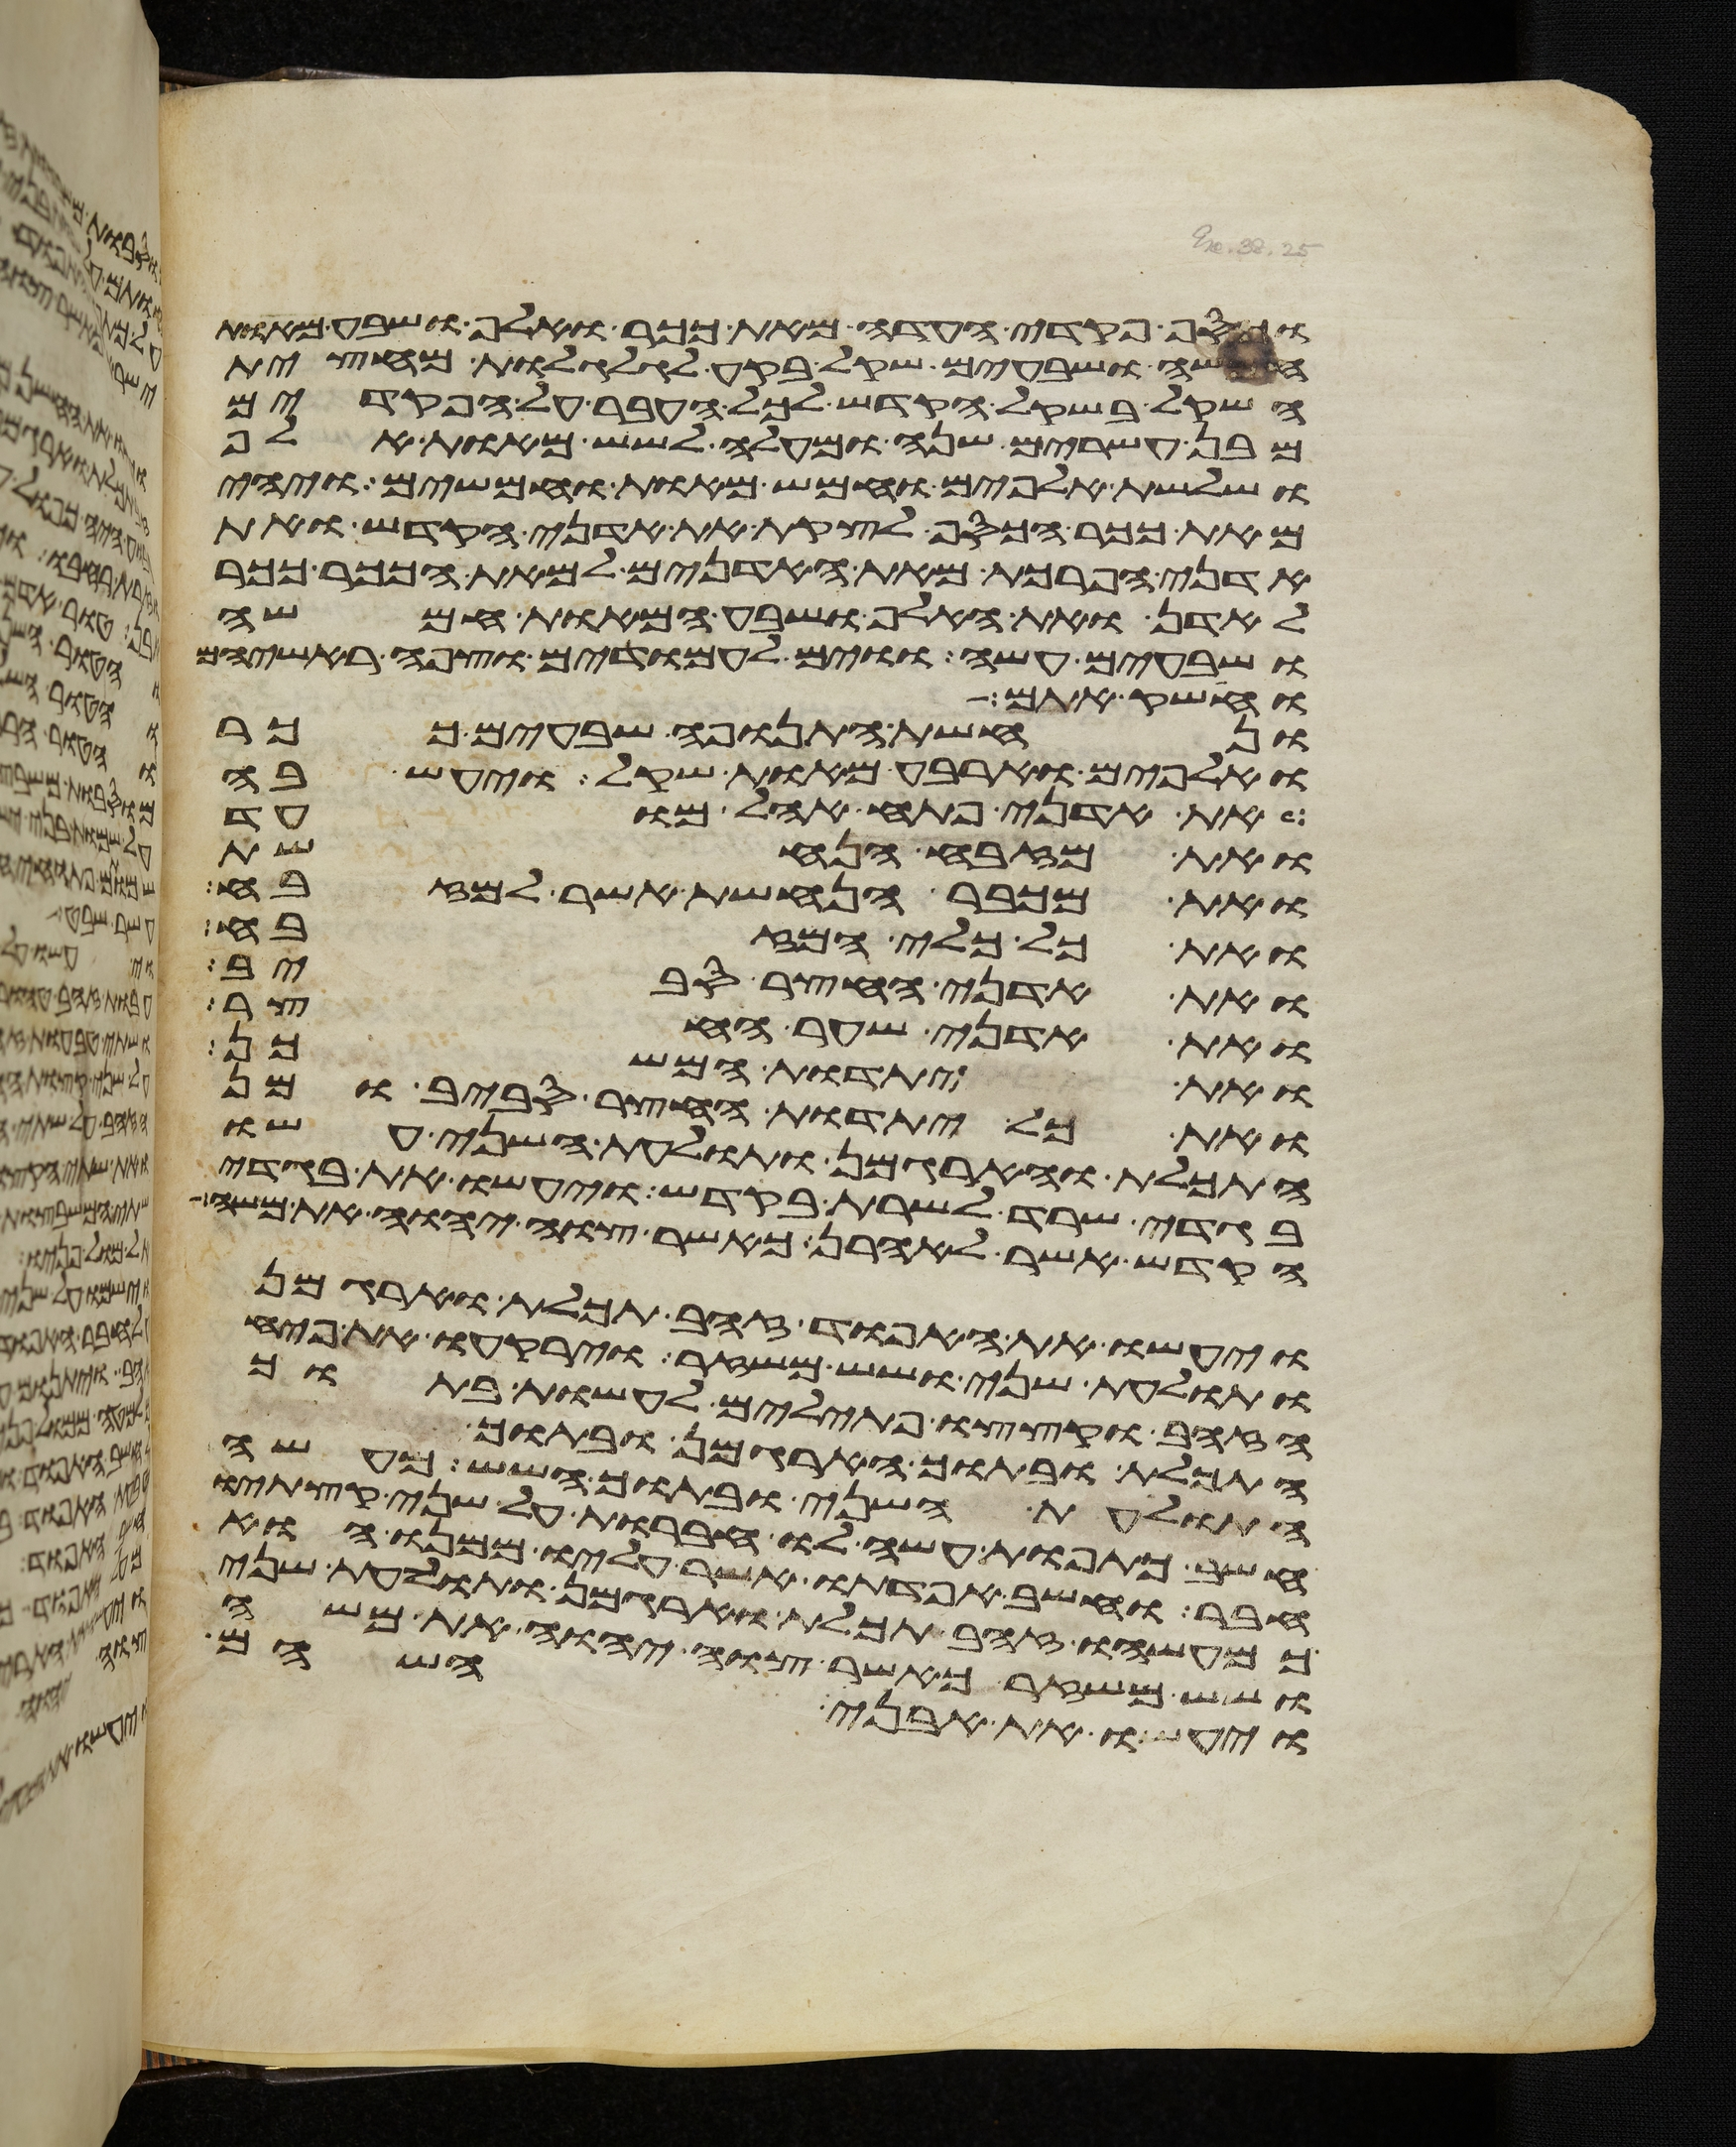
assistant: וכסף פקדי העדה מאת ככר ואלף ושבע מאות
חמשה ושבעים שקל בקע לגלגלת מחצית
השקל בשקל הקדש לכל העבר על הפקדים
מבן עשרים שנה ומעלה לשש מאות אלף
ושלשת אלפים וחמש מאות וחמשים ויהי
מאת ככר הכסף לקצת את אדני הקדש ואת
אדני הפרכת מאת האדנים למאת הככר ככר
לאדן ואת האלף ושבע המאות חמשה
ושבעים עשה ווים לעמודים וצפה ראשיהם
וחשק אתם
ונחשת התנופה שבעים ככר
ואלפים וארבע מאות שקל ויעש בה
את אדני פתח אהל מועד
ואת מזבח הנחשת
ואת מכבר הנחשת אשר למזבח
ואת כל כלי המזבח
ואת אדני החצר סביב
ואת אדני שער החצר
את יתדות המשכן
ואת כל יתדות החצר סביב ומן
התכלת והארגמן ותולעת השני עשו
בגדי שרד לשרת בקדש ויעשו את בגדי
הקדש אשר לאהרן כאשר צוה יהוה את משה
ויעשו את האפוד זהב תכלת וארגמן
ותולעת שני ושש משזר וירקעו את פחי
הזהב וקצצו פתילים לעשות בתוך
התכלת ובתוך הארגמן ובתוך
התולעת השני ובתוך השש מעשה
חשב כתפות עשה לו חברות על שני קצתיו
חבר וחשב אפדתו אשר עליו ממנו הוא
כמעשהו זהב תכלת וארגמן ותולעת שני
ושש משזר כאשר צוה יהוה את משה
ויעשו את אבני השהם